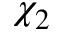
\chi _ { 2 }